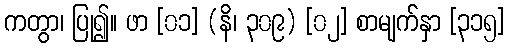
ကတွာ၊ ပြု၍။ ဖာ [၀၁] (နိ၊ ၃၀၉) [၀၂] စာမျက်နှာ [၃၁၅]